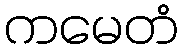
ကမေတံ